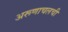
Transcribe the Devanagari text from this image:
अरूणाचलची